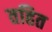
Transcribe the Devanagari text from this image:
तहित